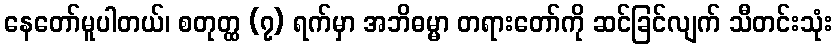
နေတော်မူပါတယ်၊ စတုတ္ထ (၇) ရက်မှာ အဘိဓမ္မာ တရားတော်ကို ဆင်ခြင်လျက် သီတင်းသုံး